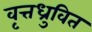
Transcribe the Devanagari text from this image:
वृत्तध्रुवित